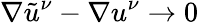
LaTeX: \nabla\tilde{u}^{\nu}-\nabla u^{\nu}\to 0